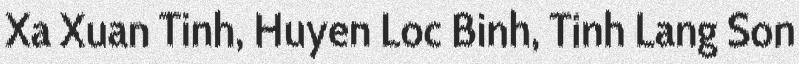
Xa Xuan Tinh, Huyen Loc Binh, Tinh Lang Son